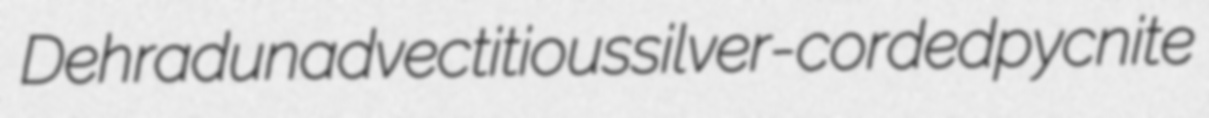
Dehradun advectitious silver-corded pycnite